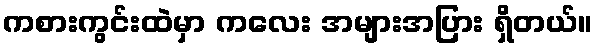
ကစားကွင်းထဲမှာ ကလေး အများအပြား ရှိတယ်။